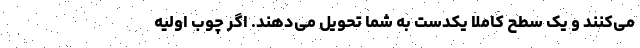
می‌کنند و یک سطح کاملاً یکدست به شما تحویل می‌دهند. اگر چوب اولیه